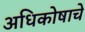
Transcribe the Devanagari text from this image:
अधिकोषाचे